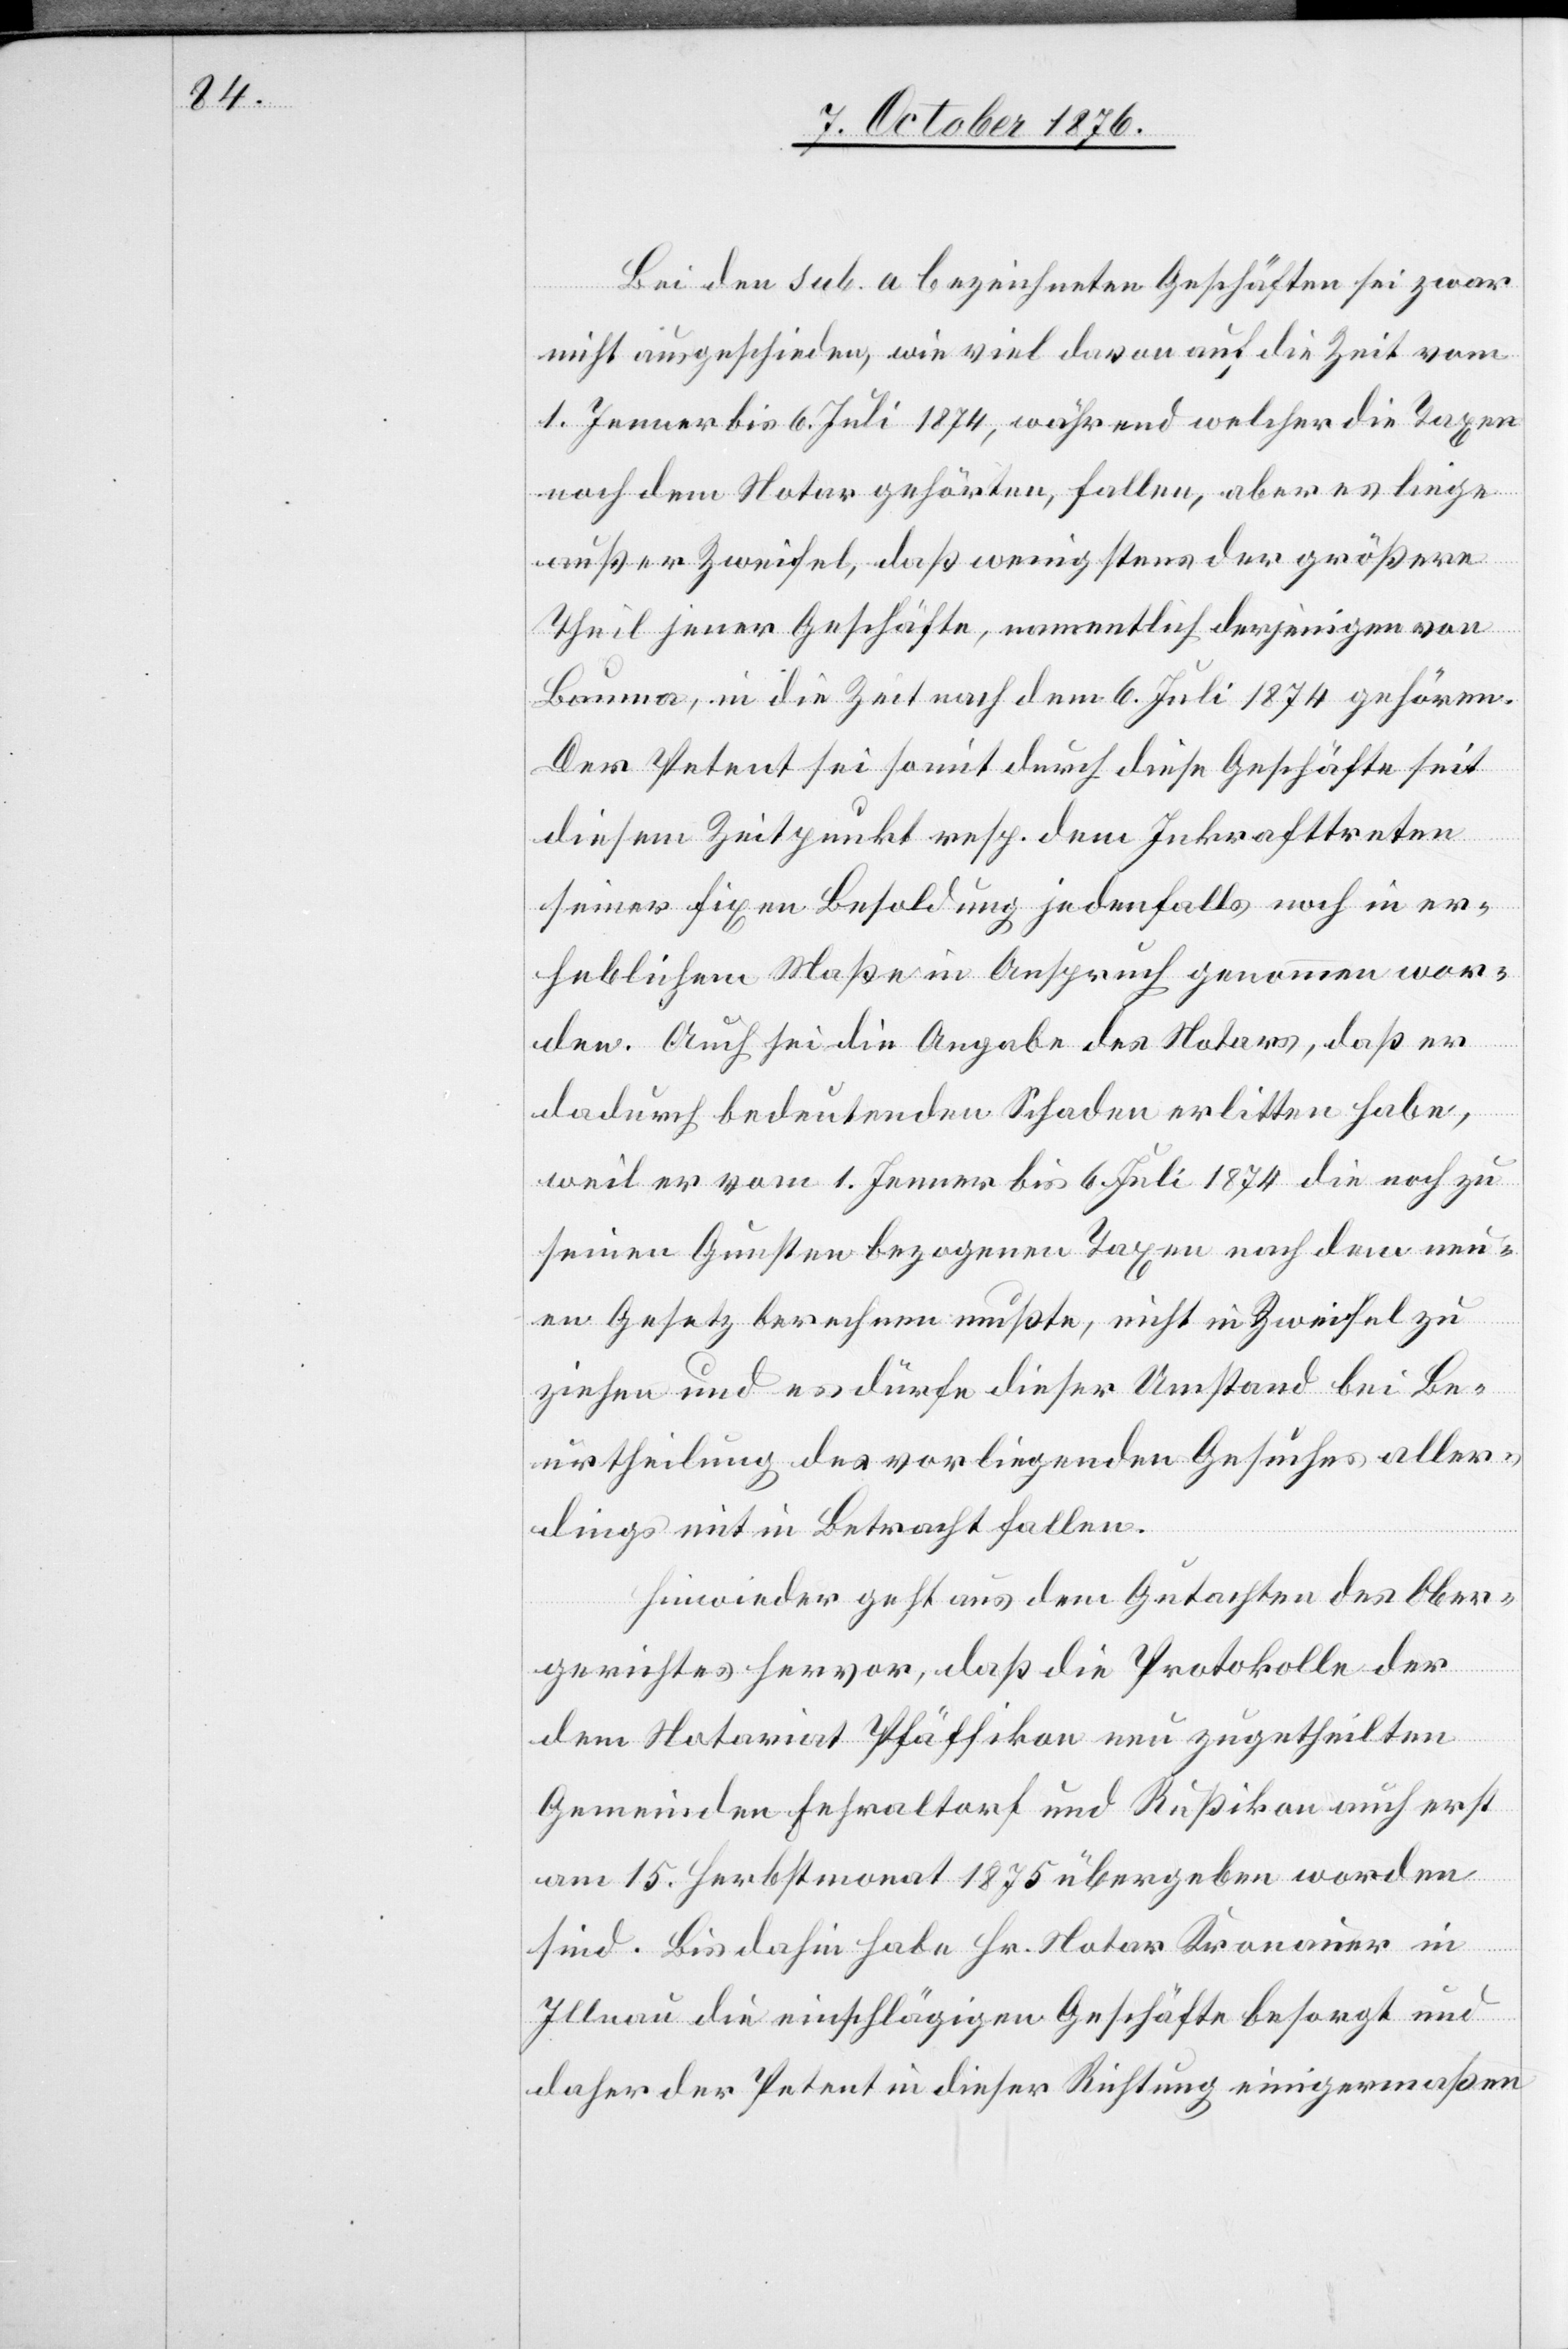
Bei den sub. a bezeichneten Geschäften sei zwar
nicht ausgeschieden, wie viel davon auf die Zeit vom
1. Jenner bis 6. Juli 1874, während welcher die Taxen
noch dem Notar gehörten, fallen, aber es liege
außer Zweifel, daß wenigstens der größere
Theil jener Geschäfte, namentlich derjenigen von
Bauma, in die Zeit nach dem 6. Juli 1874 gehören.
Der Petent sei somit durch diese Geschäfte seit
diesem Zeitpunkt resp. dem Inkrafttreten
seiner fixen Besoldung jedenfalls noch in er¬
heblichem Maße in Anspruch genommen wor¬
den. Auch sei die Angabe des Notars, daß er
dadurch bedeutenden Schaden erlitten habe,
weil er vom 1. Jenner bis 6. Juli 1874 die noch zu
seinen Gunsten bezogenen Taxen nach dem neu¬
en Gesetz berechnen mußte, nicht in Zweifel zu
ziehen und es dürfte dieser Umstand bei Be¬
urtheilung des vorliegenden Gesuches aller¬
dings mit in Betracht fallen.
Hiewieder geht aus dem Gutachten des Ober¬
gerichtes hervor, das die Protokolle der
dem Notariat Pfäffikon neu zugetheilten
Gemeinden Fehraltorf und Rußikon auch erst
am 15. Herbstmonat 1875 übergeben worden
sind. Bis dahin habe Hr. Notar Kronauer in
Illnau die einschlägigen Geschäfte besorgt und
daher der Petent in dieser Richtung einigermaßen